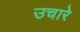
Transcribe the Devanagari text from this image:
उचारे